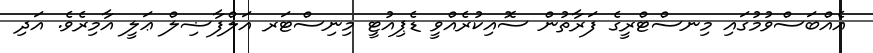
އެއްބަސްވުމުގައި މިނސްޓްރީގެ ފަރާތުން ސޮއިކުރެއްވީ ޑެޕިއުޓީ މިނިސްޓަރ އަލްފާޟިލް ޢަލީ އާމިރެވެ. އަދި